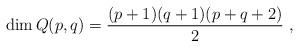
LaTeX: \begin{align*}\dim Q(p,q) = \dfrac{(p+1)(q+1)(p+q+2)}{2} \ , \end{align*}